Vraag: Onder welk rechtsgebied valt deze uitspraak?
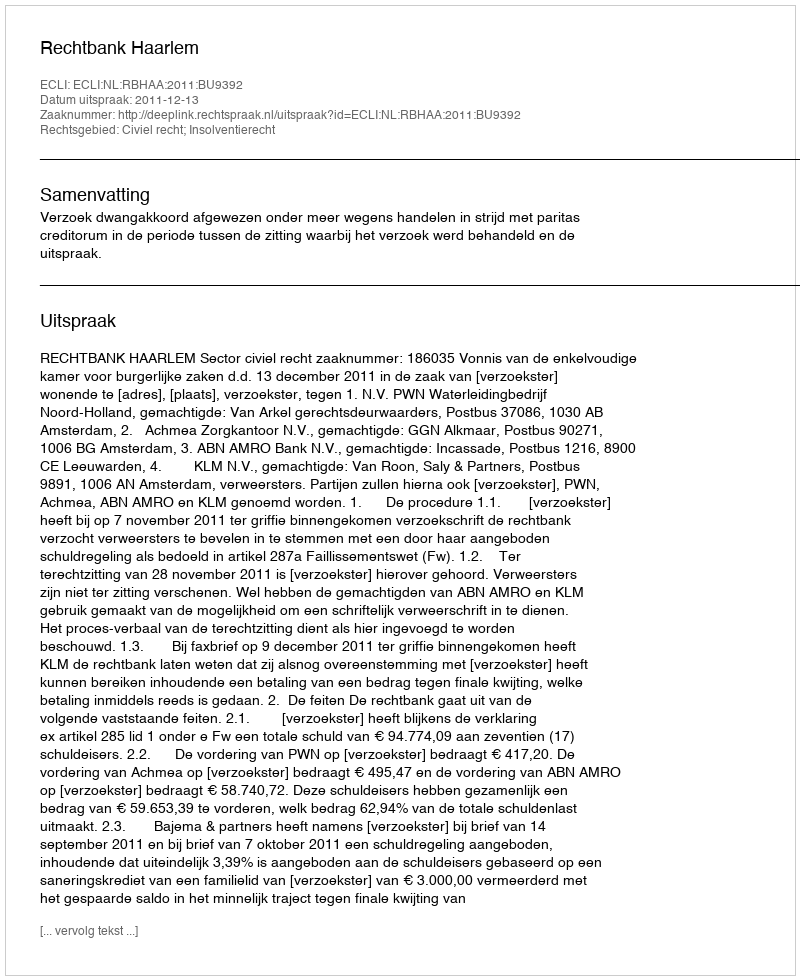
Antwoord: Civiel recht; Insolventierecht